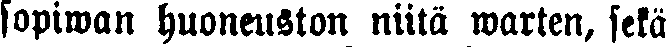
sopiwan huoneuston niitä warten, sekä